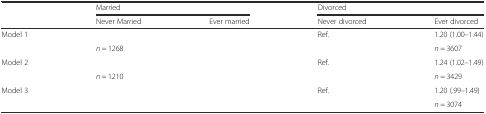
<table><thead><tr><td rowspan="2">[EMPTY_CELL]</td><td colspan="2"><b>Married</b></td><td colspan="2"><b>Divorced</b></td></tr><tr><td><b>Never Married</b></td><td><b>Ever married</b></td><td><b>Never divorced</b></td><td><b>Ever divorced</b></td></tr></thead><tbody><tr><td rowspan="2">Model 1</td><td>[EMPTY_CELL]</td><td>[EMPTY_CELL]</td><td>Ref.</td><td>1.20 (1.00–1.44)</td></tr><tr><td><i>n</i> = 1268</td><td>[EMPTY_CELL]</td><td>[EMPTY_CELL]</td><td><i>n</i> = 3607</td></tr><tr><td rowspan="2">Model 2</td><td>[EMPTY_CELL]</td><td>[EMPTY_CELL]</td><td>Ref.</td><td>1.24 (1.02–1.49)</td></tr><tr><td><i>n</i> = 1210</td><td>[EMPTY_CELL]</td><td>[EMPTY_CELL]</td><td><i>n</i> = 3429</td></tr><tr><td>Model 3</td><td>[EMPTY_CELL]</td><td>[EMPTY_CELL]</td><td>Ref.</td><td>1.20 (.99–1.49)</td></tr><tr><td>[EMPTY_CELL]</td><td>[EMPTY_CELL]</td><td>[EMPTY_CELL]</td><td>[EMPTY_CELL]</td><td><i>n</i> = 3074</td></tr></tbody></table>